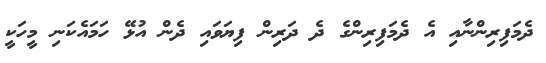
ދެމަފިރިންނާއި އެ ދެމަފިރިންގެ ދެ ދަރިން ފިޔަވައި ދެން އުޅޭ ހަމައެކަނި މީހަކީ